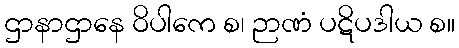
ဌာနာဌာနေ ဝိပါကေ စ၊ ဉာဏံ ပဋိပဒါယ စ။